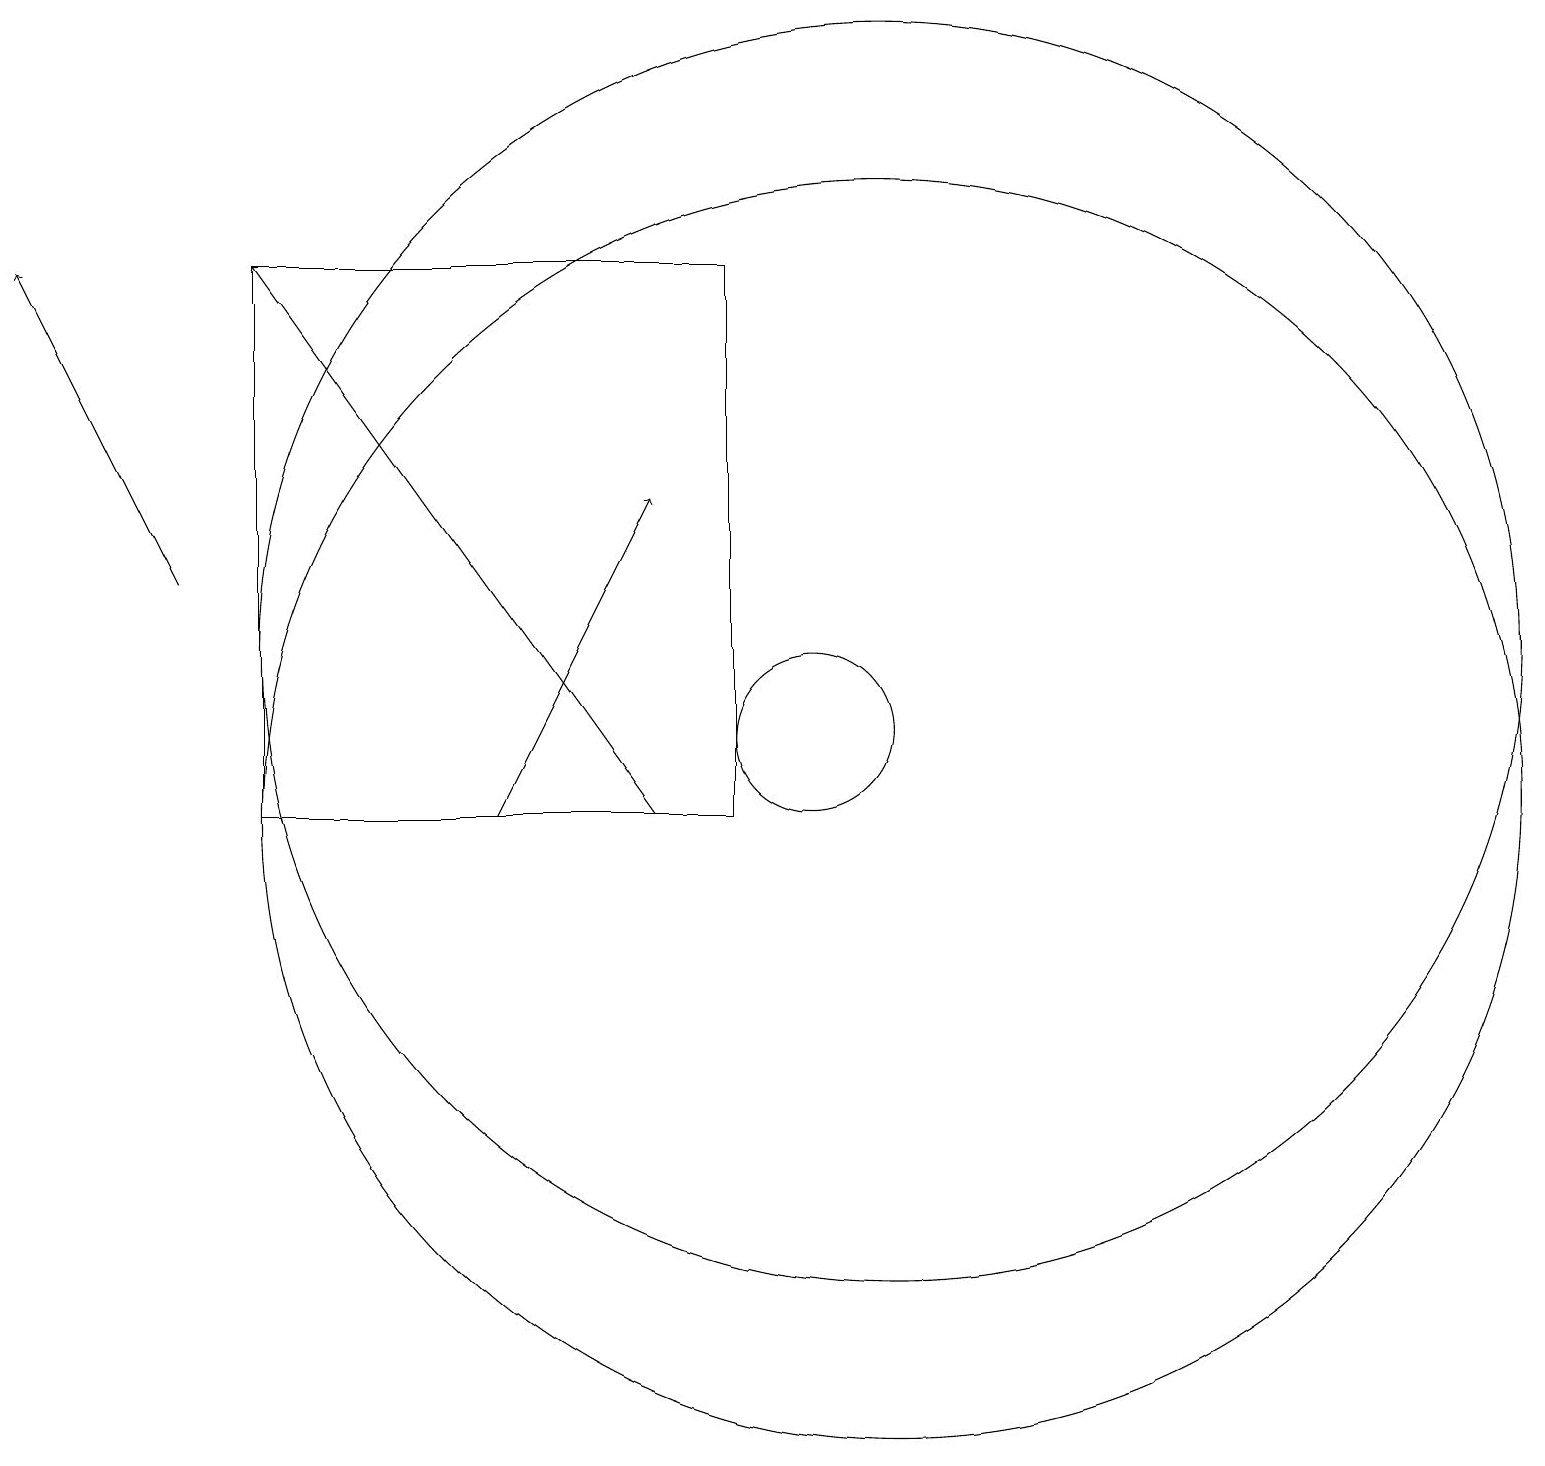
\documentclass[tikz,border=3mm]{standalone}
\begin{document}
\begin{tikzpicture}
\draw (9,10) rectangle (3,17);
\draw[->] (8,10) -- (3,17);
\draw (10,11) circle (1);
\draw[->] (6,10) -- (8,14);
\draw (11,10) circle (8);
\draw (11,12) circle (8);
\draw[->] (2,13) -- (0,17);
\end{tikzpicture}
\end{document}